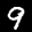
Label: 9